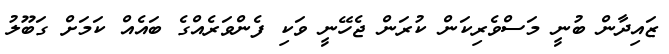
ޒައިދާން ބުނީ މަސްވެރިކަން ކުރަން ޖެހޭނީ ވަކި ފެންވަރެއްގެ ބައެއް ކަމަށް ގަބޫލު